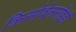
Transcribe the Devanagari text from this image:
क्रिसोवेलनॉइडी